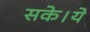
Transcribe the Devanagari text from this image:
सके।ये